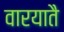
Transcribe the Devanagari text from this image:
वारयातै